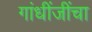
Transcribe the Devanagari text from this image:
गांधींजींचा